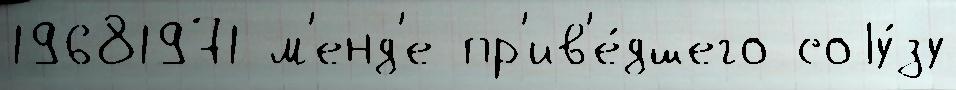
19681971 м'енд'е пр'ив'е́дшего соjу́зу